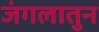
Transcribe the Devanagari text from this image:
जंगलातुन